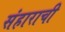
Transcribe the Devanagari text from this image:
संहाराची